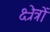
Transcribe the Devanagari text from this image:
क्ष्रेत्रों